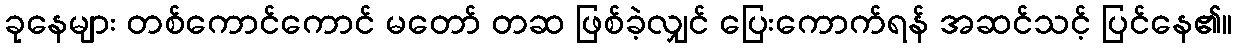
ခုနေများ တစ်ကောင်ကောင် မတော် တဆ ဖြစ်ခဲ့လျှင် ပြေးကောက်ရန် အဆင်သင့် ပြင်နေ၏။